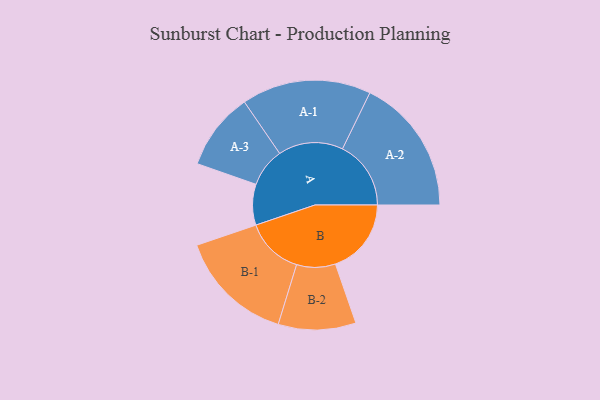
{"axis": {"x": "Segment", "y": "Value"}, "legend": ["", "A", "B"], "data": [{"x": "A", "y": 143, "type": ""}, {"x": "B", "y": 266, "type": ""}, {"x": "A-1", "y": 227, "type": "A"}, {"x": "A-2", "y": 240, "type": "A"}, {"x": "A-3", "y": 136, "type": "A"}, {"x": "B-1", "y": 203, "type": "B"}, {"x": "B-2", "y": 136, "type": "B"}]}